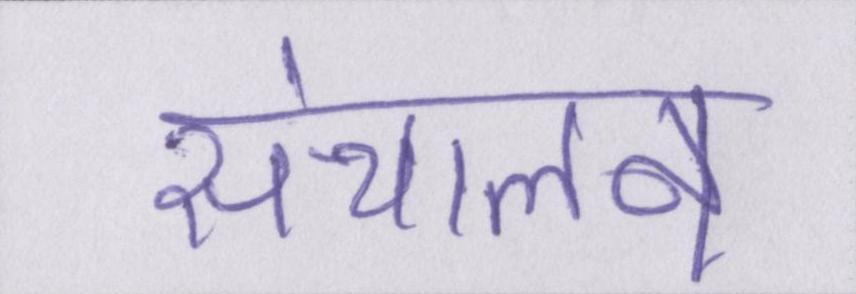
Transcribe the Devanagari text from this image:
संचालन